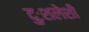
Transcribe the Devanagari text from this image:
दुःशलेशी